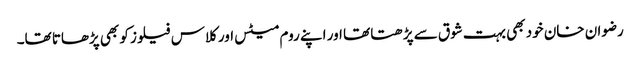
رضوان خان خود بھی بہت شوق سے پڑھتا تھا اور اپنے روم میٹس اور کلاس فیلوز کو بھی پڑھاتا تھا۔